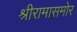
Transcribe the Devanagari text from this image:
श्रीरामासमोर